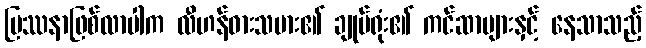
ပြဿနာဖြစ်လာပါက လီဟန်ဓားသမား၏ ချုပ်ရုံး၏ ကင်ဆာများနှင့် နေသာသည့်